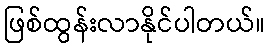
ဖြစ်ထွန်းလာနိုင်ပါတယ်။